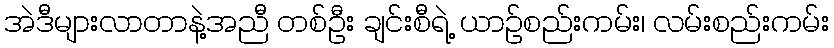
အဲဒီများလာတာနဲ့အညီ တစ်ဦး ချင်းစီရဲ့ ယာဉ်စည်းကမ်း၊ လမ်းစည်းကမ်း